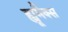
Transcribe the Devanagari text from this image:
ह्यूमैक्स